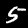
Digit: 5